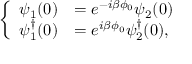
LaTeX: \left\{ \begin{array} { l l } { { \psi _ { 1 } ( 0 ) } } & { { = e ^ { - i \beta \phi _ { 0 } } \psi _ { 2 } ( 0 ) } } \\ { { \psi _ { 1 } ^ { \dagger } ( 0 ) } } & { { = e ^ { i \beta \phi _ { 0 } } \psi _ { 2 } ^ { \dagger } ( 0 ) , } } \end{array} \right.